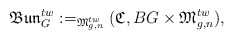
\begin{align*}\mathfrak{Bun}_{G}^{tw}:=_{\mathfrak{M}_{g,n}^{tw}}(\mathfrak{C}, BG\times \mathfrak{M}_{g,n}^{tw}),\end{align*}